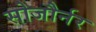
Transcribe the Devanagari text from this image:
सोजौर्नर